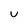
Character: u